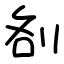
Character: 㓢